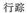
行踪